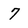
Character: 7